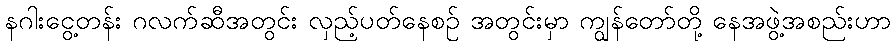
နဂါးငွေ့တန်း ဂလက်ဆီအတွင်း လှည့်ပတ်နေစဉ် အတွင်းမှာ ကျွန်တော်တို့ နေအဖွဲ့အစည်းဟာ